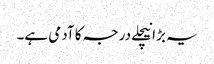
یہ بڑا نیچلے درجہ کا آدمی ہے۔